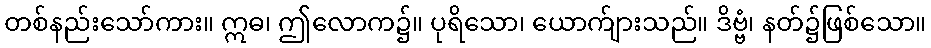
တစ်နည်းသော်ကား။ ဣဓ၊ ဤလောက၌။ ပုရိသော၊ ယောက်ျားသည်။ ဒိဗ္ဗံ၊ နတ်၌ဖြစ်သော။